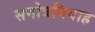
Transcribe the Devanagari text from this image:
सगोत्रविवाह